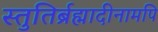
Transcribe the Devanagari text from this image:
स्तुतिर्ब्रह्मादीनामपि